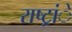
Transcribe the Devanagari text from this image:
राष्ट्रांे